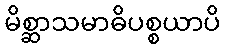
မိစ္ဆာသမာဓိပစ္စယာပိ